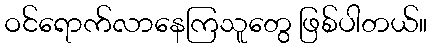
ဝင်ရောက်လာနေကြသူတွေ ဖြစ်ပါတယ်။